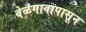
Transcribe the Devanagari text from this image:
बेळगावापासून